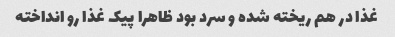
غذا در هم ریخته شده و سرد بود ظاهرا پیک غذا رو انداخته